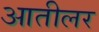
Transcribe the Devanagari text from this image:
आतीलर